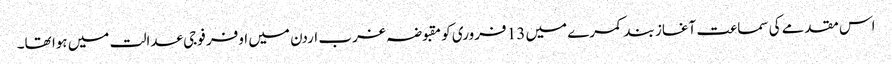
اس مقدمے کی سماعت آغاز بند کمرے میں 13 فروری کو مقبوضہ غرب اردن میں اوفر فوجی عدالت میں ہوا تھا۔